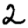
Digit: 2